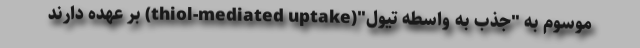
موسوم به "جذب به واسطه تیول"(thiol-mediated uptake) بر عهده دارند